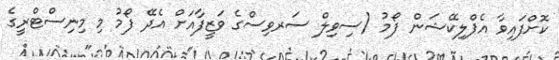
ކޮށްފައިވާ އެޕްލިކޭޝަން ފޯމު (ސިވިލް ސަރވިސްގެ ވަޒީފާއަށް އެދޭ ފޯމު މި މިނިސްޓްރީގެ